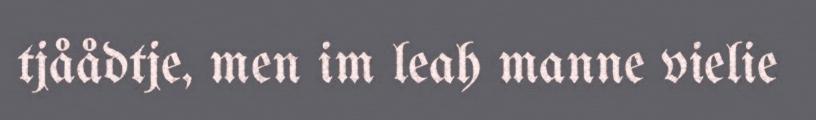
tjåådtje, men im leah manne vielie